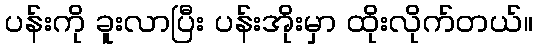
ပန်းကို ခူးလာပြီး ပန်းအိုးမှာ ထိုးလိုက်တယ်။